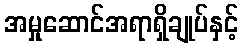
အမှုဆောင်အရာရှိချုပ်နှင့်